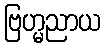
ဗြဟ္မညာယ